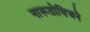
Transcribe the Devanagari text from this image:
नारूतोविचने